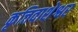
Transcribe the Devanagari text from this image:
कृत्तिवाशेश्वर